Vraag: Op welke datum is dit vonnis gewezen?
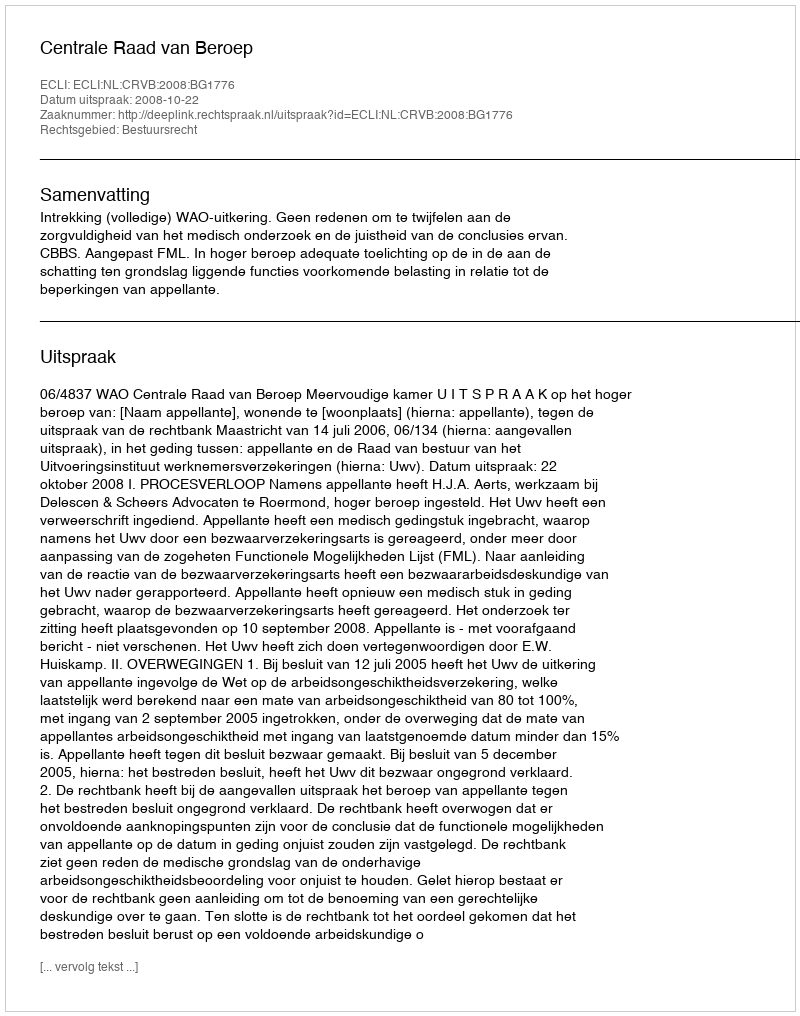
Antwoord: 2008-10-22